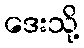
ဒေးသို့